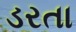
ડરતા